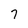
Character: 7